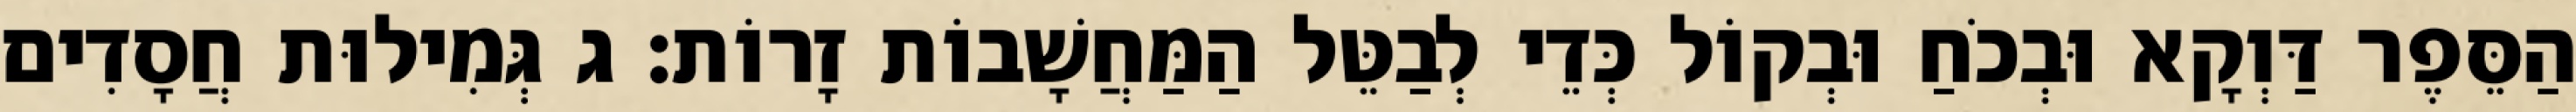
הַסֵּפֶר דַּוְקָא וּבְכֹחַ וּבְקוֹל כְּדֵי לְבַטֵּל הַמַּחֲשָׁבוֹת זָרוֹת: ג גְּמִילוּת חֲסָדִים